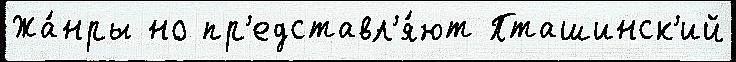
Жа́нры но пр'едставл'я́ют Пташинск'ий